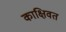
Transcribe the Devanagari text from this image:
काक्षिवत